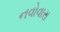
નવોવાસ